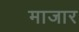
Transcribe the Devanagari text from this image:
माजार